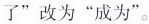
了”改为”成为”。